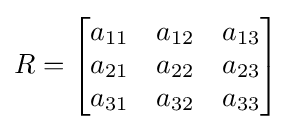
R={\begin{bmatrix}a_{11}&a_{12}&a_{13}\\a_{21}&a_{22}&a_{23}\\a_{31}&a_{32}&a_{33}\end{bmatrix}}